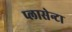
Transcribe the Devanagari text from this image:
प्लासेन्टा